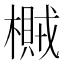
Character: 𣛸